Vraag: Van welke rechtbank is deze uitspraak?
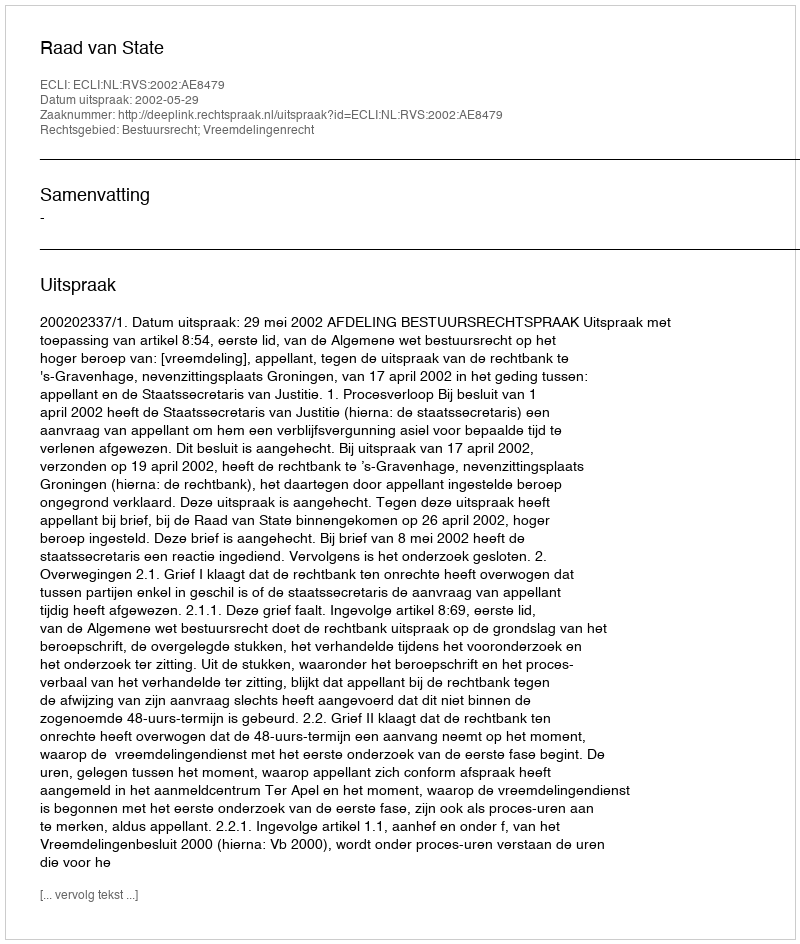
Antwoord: Raad van State